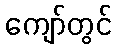
ကျော်တွင်